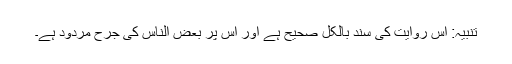
تنبیہ: اس روایت کی سند بالکل صحیح ہے اور اس پر بعض الناس کی جرح مردود ہے۔